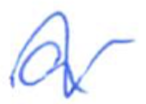
Text: a
Cross-out: mix
Writing tool: ballpoint